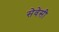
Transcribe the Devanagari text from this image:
सेवेसी